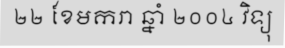
២២ ខែមករា ឆ្នាំ ២០០៤ វិទ្យុ